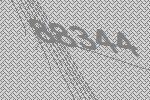
88344